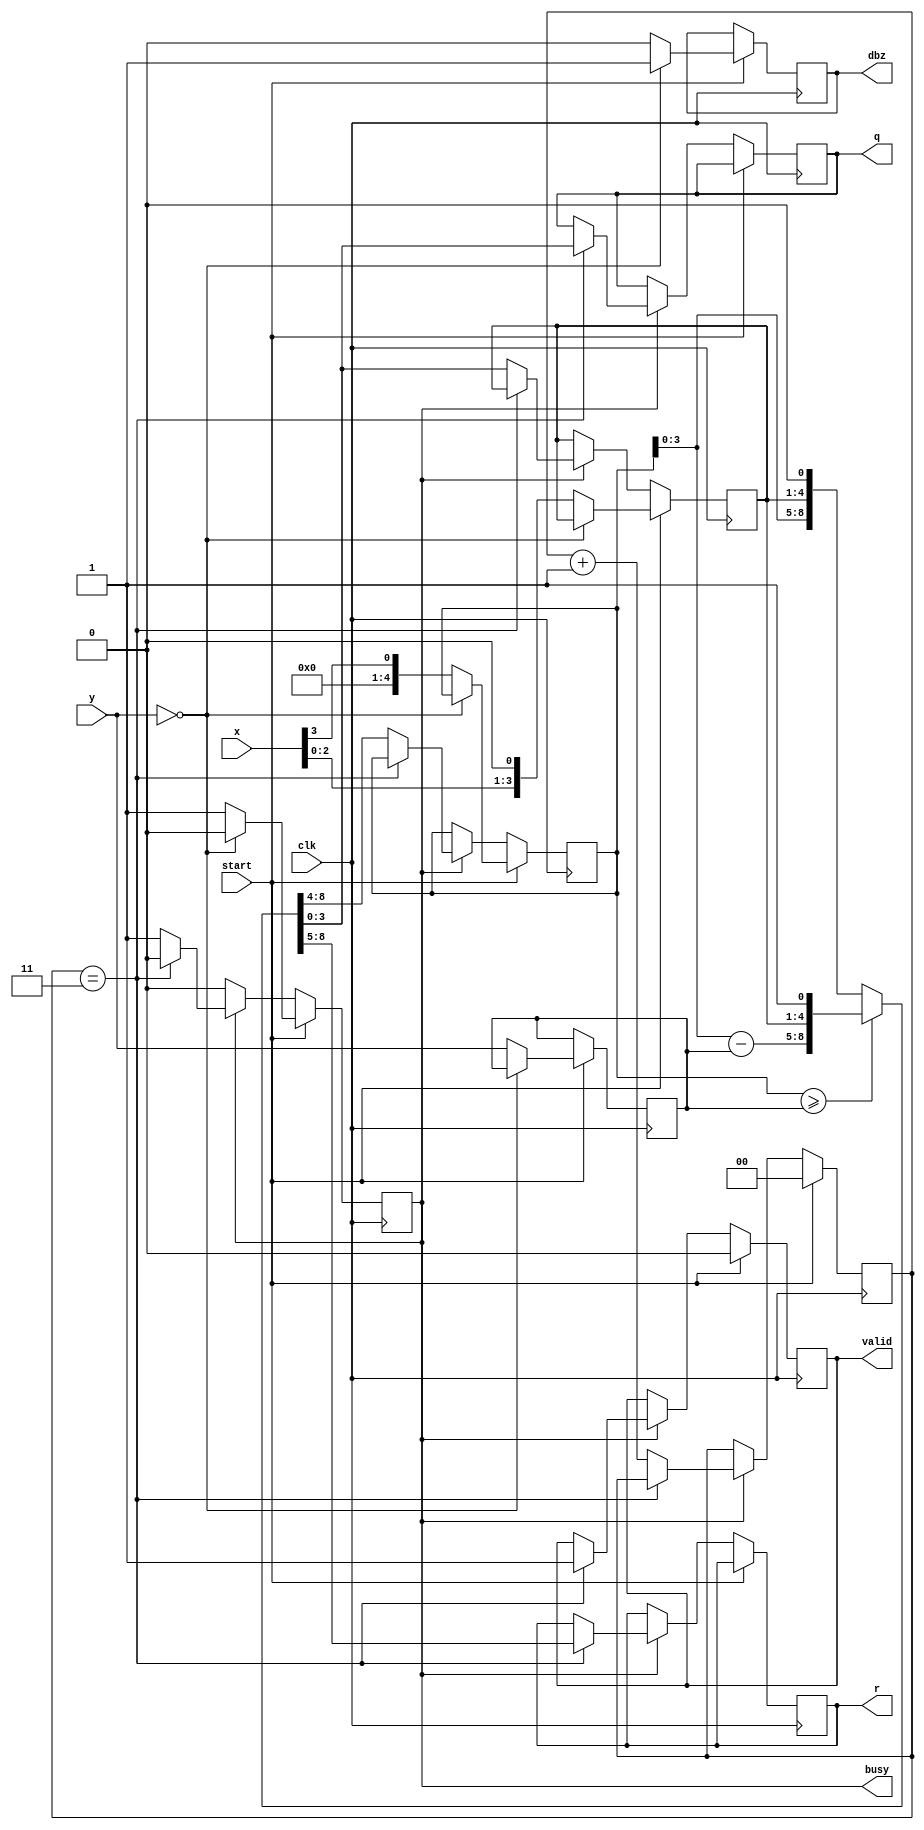
module div_int #(parameter WIDTH=4) (
    input wire clk,
    input wire start,          // start signal
    input wire  [WIDTH-1:0] x,  // dividend
    input wire  [WIDTH-1:0] y,  // divisor
    output  reg   busy,           // calculation in progress
    output  reg valid,          // quotient and remainder are valid
    output     reg dbz,            // divide by zero flag
    output     reg [WIDTH-1:0] q,  // quotient
    output     reg [WIDTH-1:0] r   // remainder
    );

    reg [WIDTH-1:0] y1;            // copy of divisor
    reg [WIDTH-1:0] q1, q1_next;   // intermediate quotient
    reg [WIDTH:0] ac, ac_next;     // accumulator (1 bit wider)
    reg [$clog2(WIDTH)-1:0] i;     // iteration counter

    always @* begin
        if (ac >= {1'b0,y1}) begin
            ac_next = ac - y1;
            {ac_next, q1_next} = {ac_next[WIDTH-1:0], q1, 1'b1};
        end else begin
            {ac_next, q1_next} = {ac, q1} << 1;
        end
    end

    always @(posedge clk) begin
        if (start) begin
            valid <= 0;
            i <= 0;
            if (y == 0) begin  // catch divide by zero
                busy <= 0;
                dbz <= 1;
            end else begin  // initialize values
                busy <= 1;
                dbz <= 0;
                y1 <= y;
                {ac, q1} <= {{WIDTH{1'b0}}, x, 1'b0};
            end
        end else if (busy) begin
            if (i == WIDTH-1) begin  // we're done
                busy <= 0;
                valid <= 1;
                q <= q1_next;
                r <= ac_next[WIDTH:1];  // undo final shift
            end else begin  // next iteration
                i <= i + 1;
                ac <= ac_next;
                q1 <= q1_next;
            end
        end
    end
endmodule